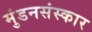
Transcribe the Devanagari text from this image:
मुंडनसंस्कार